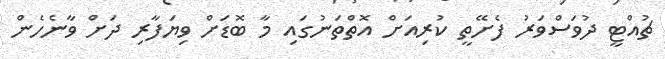
ޗުއްޓީ ދުވަސްވަރު ފެށޭތީ ކުރިއަށް އޮތްތަނުގައި މާ ބޮޑަށް ވިޔަފާރި ދަށް ވާނެހެން